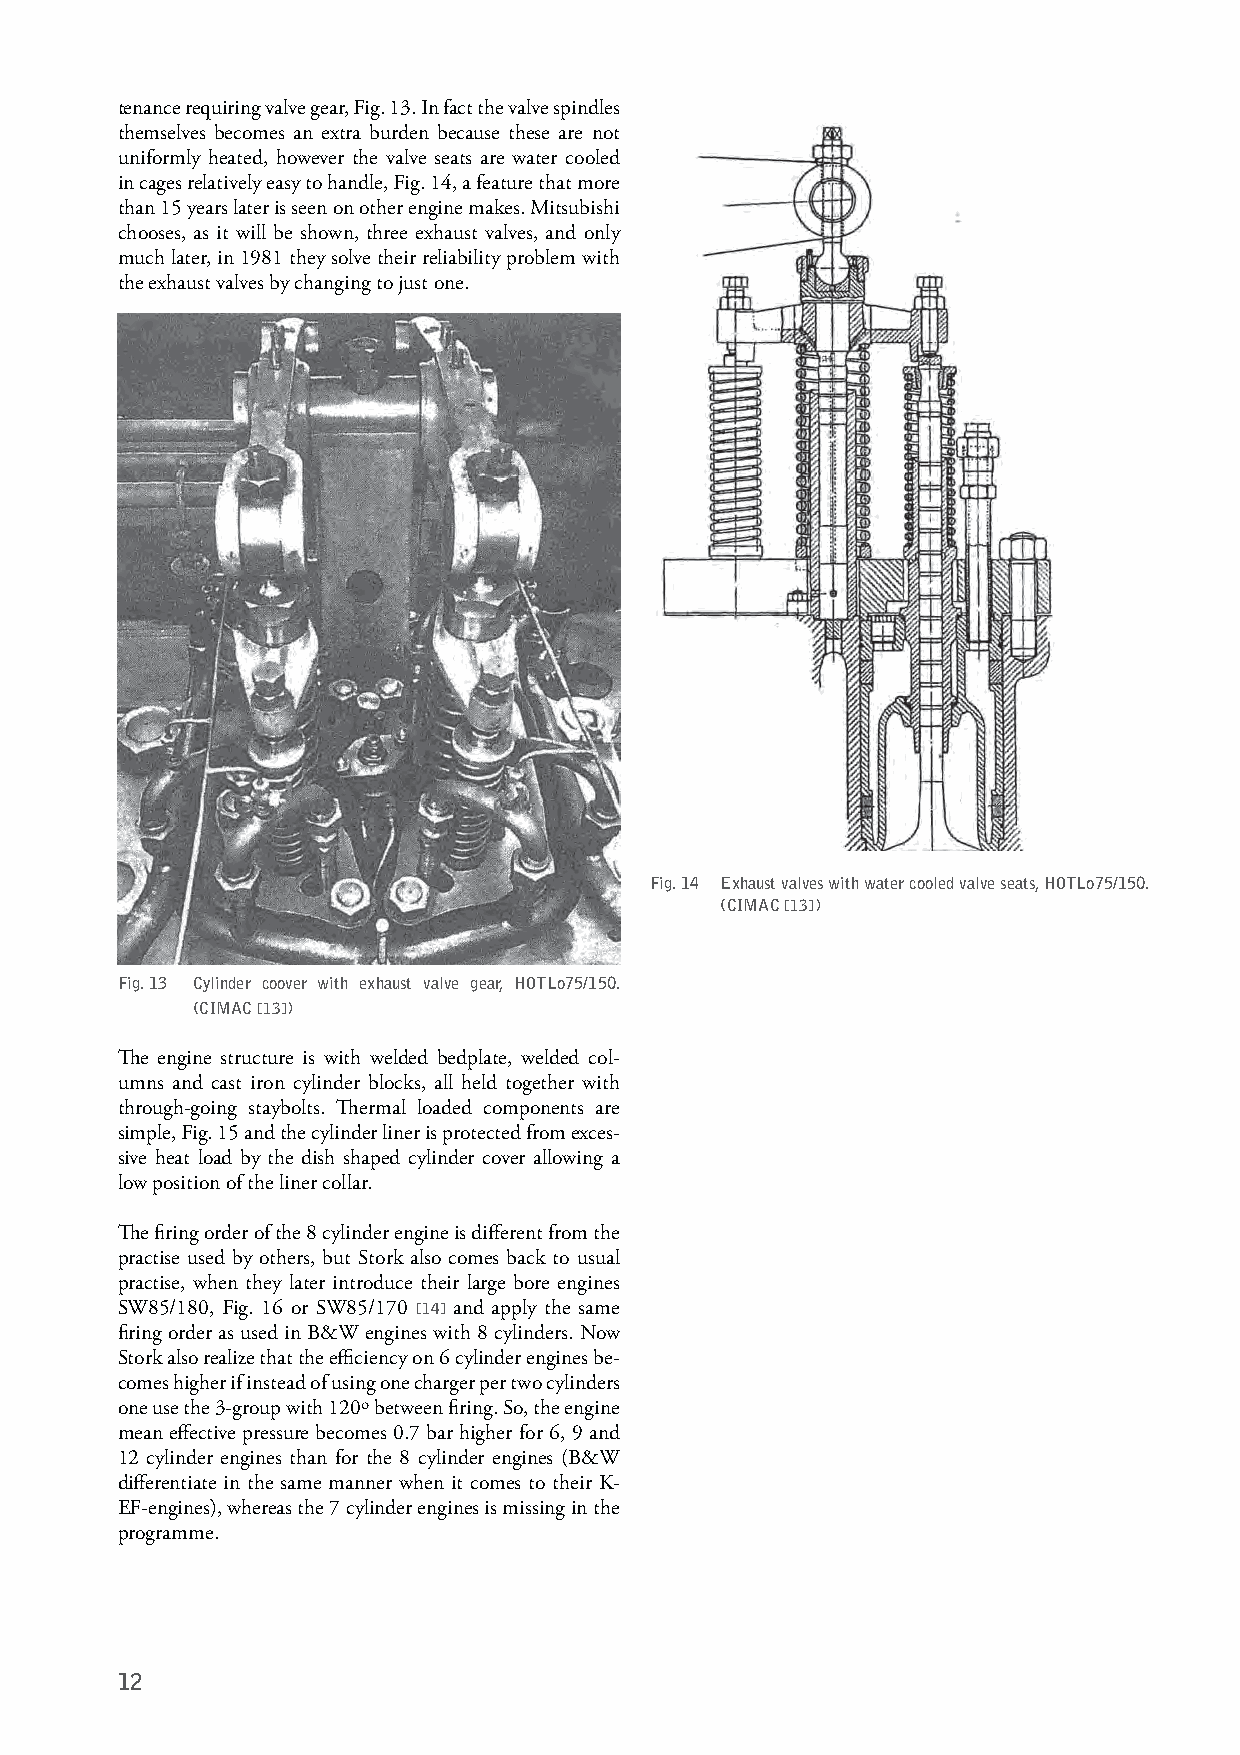
tenance requiring valve gear, Fig. 13. In fact the valve spindles
 themselves becomes an extra burden because these are not
 uniformly heated, however the valve seats are water cooled
 in cages relatively easy to handle, Fig. 14, a feature that more
 than 15 years later is seen on other engine makes. Mitsubishi
 chooses, as it will be shown, three exhaust valves, and only
 much later, in 1981 they solve their reliability problem with
 the exhaust valves by changing to just one.
 Fig. 14 Exhaust valves with water cooled valve seats, HOTLo75/150.
 (CIMAC [13])
 Fig. 13 Cylinder coover with exhaust valve gear, HOTLo75/150.
 (CIMAC [13])
 The engine structure is with welded bedplate, welded col-
 umns and cast iron cylinder blocks, all held together with
 through-going staybolts. Thermal loaded components are
 simple, Fig. 15 and the cylinder liner is protected from exces-
 sive heat load by the dish shaped cylinder cover allowing a
 low position of the liner collar.
 The firing order of the 8 cylinder engine is different from the
 practise used by others, but Stork also comes back to usual
 practise, when they later introduce their large bore engines
 SW85/180, Fig. 16 or SW85/170 [14] and apply the same
 firing order as used in B&W engines with 8 cylinders. Now
 Stork also realize that the efficiency on 6 cylinder engines be-
 comes higher if instead of using one charger per two cylinders
 one use the 3-group with 120º between firing. So, the engine
 mean effective pressure becomes 0.7 bar higher for 6, 9 and
 12 cylinder engines than for the 8 cylinder engines (B&W
 differentiate in the same manner when it comes to their K-
 EF-engines), whereas the 7 cylinder engines is missing in the
 programme.
 12